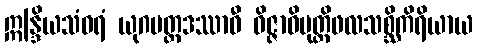
ဣန္ဒြိယသံဝရံ ယုဂမတ္တဒဿာဝီ ဝိဇ္ဇာဝိမုတ္တိဖလသစ္ဆိကိရိယာယ